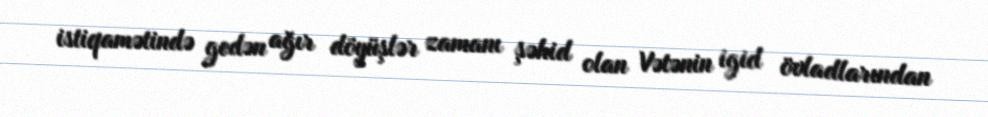
istiqamətində gedən ağır döyüşlər zamanı şəhid olan Vətənin igid övladlarından